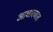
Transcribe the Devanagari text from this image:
आचारणात